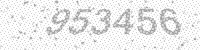
Solution: 953456